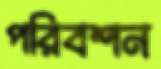
পরিবশন